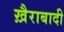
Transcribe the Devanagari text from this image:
ख़ैराबादी